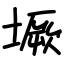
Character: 㙭